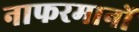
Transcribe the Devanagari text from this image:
नाफरमानों